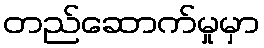
တည်ဆောက်မှုမှာ